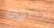
أحضروه